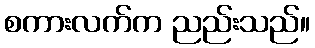
စကားလက်က ညည်းသည်။